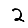
Digit: 2